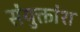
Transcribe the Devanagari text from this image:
संयुक्तांश